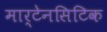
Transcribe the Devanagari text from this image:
मार्टेनसिटिक